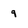
Character: 9